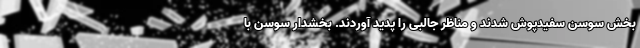
بخش سوسن سفیدپوش شدند و مناظر جالبی را پدید آوردند. بخشدار سوسن با